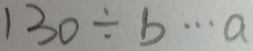
1 3 0 \div b \cdots a